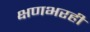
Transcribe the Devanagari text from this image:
क्षणभरही